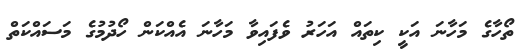
ތޯހާގެ މަހާނަ އަކީ ކިތައް އަހަރު ވެފައިވާ މަހާނަ އެއްކަން ހޯދުމުގެ މަސައްކަތް